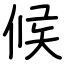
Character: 候